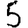
Digit: 5